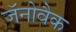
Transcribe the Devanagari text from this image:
जॅनोवैक